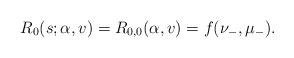
LaTeX: \begin{align*}R_0(s;\alpha,v)=R_{0, 0}(\alpha,v)=f(\nu_-,\mu_-).\end{align*}